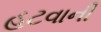
હટવાની